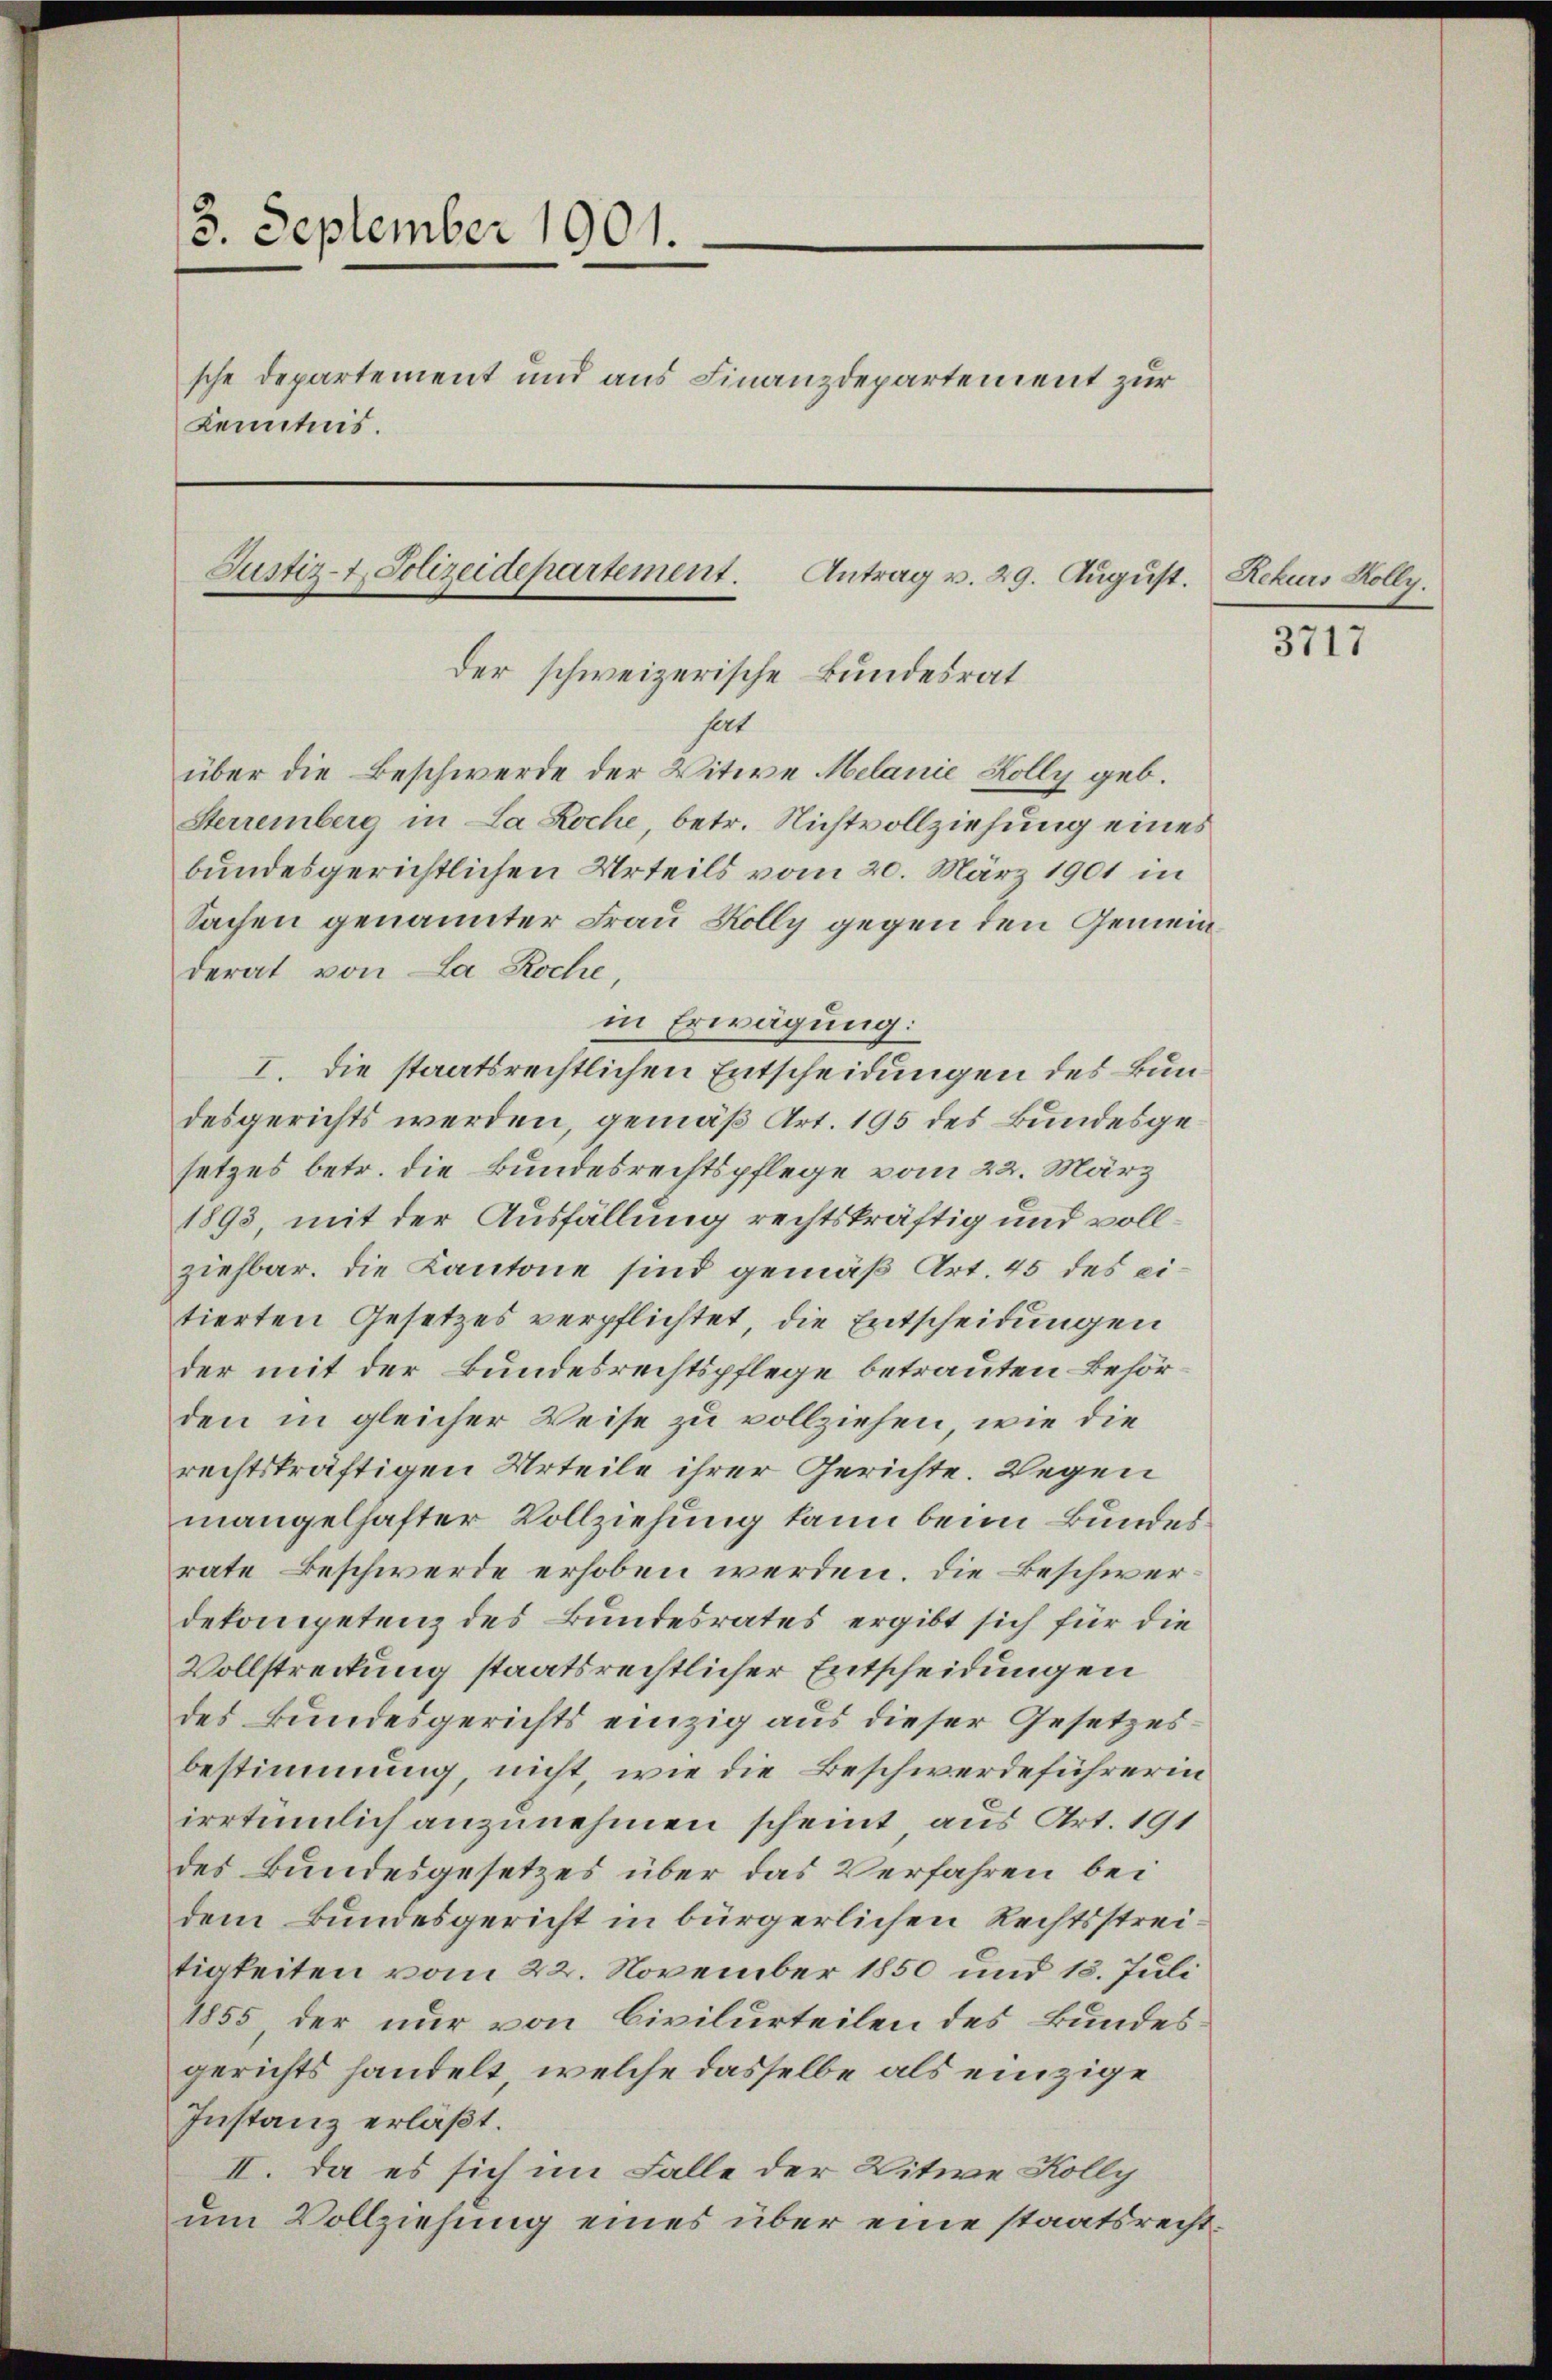
3. September 1901.
sche Departement und aus Finanzdepartement zur
Kenntnis.
Justiz- & Polizeidepartement. Antrag v. 29. August. Rekurs Kolly.

der schweizerische Bundesrat
hat
über die Beschwerde der Witwe Melanie Kolly geb.

Sterremberg in La Roche, betr. Nichtvollziehung eines
Sachen genannter Frau Kolly gegen den Gemeinderat von La Roche,
in Erwägung:
I. Die staatsrechtlichen Entscheidungen des Bundesgerichts werden, gemäß Art. 195 des Bundesgesetzes betr. die Bundesrechtspflege vom 22. März
1893, mit der Ausfällung rechtskräftig und vollziehbar. Die Kantone sind gemäß Art. 45 des eitierten Gesetzes verpflichtet, die Entscheidungen
der mit der Bundesrechtspflege betrauten Behörden in gleicher Weise zu vollziehen, wie die
rechtskräftigen Urteile ihrer Gerichte. Wegen
mangelhafter Vollziehung kann beim Bundesrate Beschwerde erhoben werden. Die Beschwerdekompetenz des Bundesrates ergibt sich für die
Vollstreckung staatsrechtlicher Entscheidungen
des Bundesgerichts einzig aus dieser Gesetzes
bestimmung, nicht, wie die Beschwerdeführerin
irrtümlich anzunehmen scheint aus Art. 191
des Bundesgesetzes über das Verfahren bei
dem Bundesgericht in bürgerlichen Rechtsstreitigkeiten vom 22. November 1850 und 15. Juli
1855 der nur von Civilurteilen des Bundesgerichts handelt, welche dasselbe als einzige
Instanz erläßt.
II. Da es sich im Falle der Witwe Kolly
um Vollziehung eines über eine staatsrecht¬

bundesgerichtlichen Urteils vom 20. März 1901 in

3717